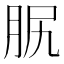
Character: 𦙷